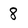
Character: 8